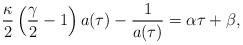
LaTeX: \begin{align*}\frac{\kappa}{2}\left(\frac{\gamma}{2}-1\right)a(\tau) - \frac{1}{a(\tau)}= \alpha\tau + \beta,\end{align*}